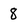
Character: 8